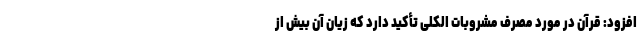
افزود: قرآن در مورد مصرف مشروبات الکلی تأکید دارد که زیان آن بیش از